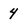
Character: 4